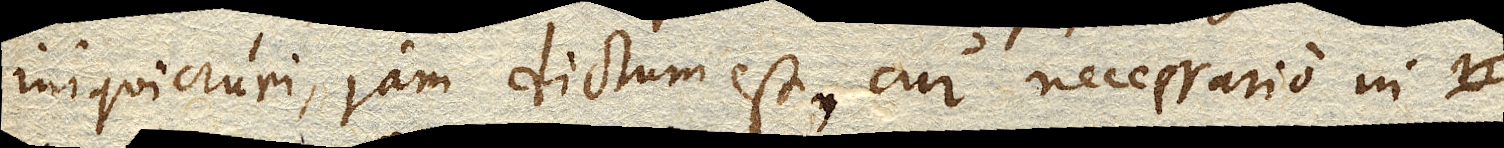
iniquicruri, jam dictum est, cur necessario in